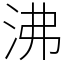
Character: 沸